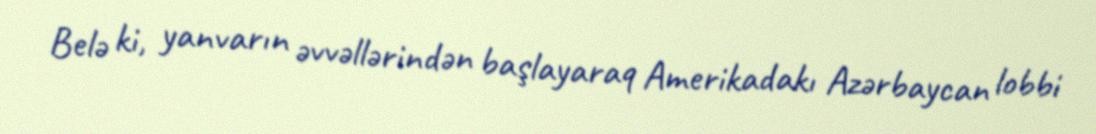
Belə ki, yanvarın əvvəllərindən başlayaraq Amerikadakı Azərbaycan lobbi